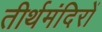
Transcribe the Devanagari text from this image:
तीर्थमंदिरों